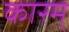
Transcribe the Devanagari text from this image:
कारम्